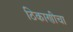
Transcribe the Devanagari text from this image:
ठिकाणीचा